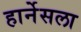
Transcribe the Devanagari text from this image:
हार्नेसला